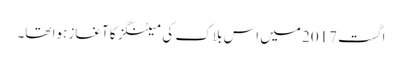
اگست 2017 میں اس بلاک کی میٹنگز کا آغاز ہوا تھا۔